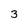
Character: 3